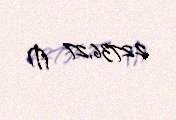
22736,27 ₼